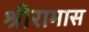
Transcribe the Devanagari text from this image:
श्रीरामास